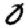
Digit: 0